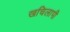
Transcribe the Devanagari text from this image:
खचिलापी